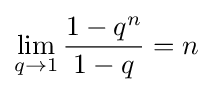
\lim _{q\rightarrow 1}{\frac {1-q^{n}}{1-q}}=n